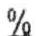
%